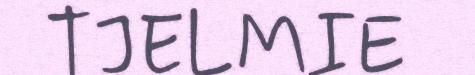
TJELMIE